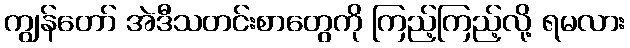
ကျွန်တော် အဲဒီသတင်းစာတွေကို ကြည့်ကြည့်လို့ ရမလား